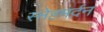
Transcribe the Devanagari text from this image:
स्नेहमर्दन